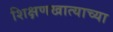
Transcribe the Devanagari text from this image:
शिक्षणखात्याच्या